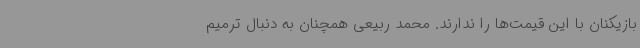
بازیکنان با این قیمت‌ها را ندارند. محمد ربیعی همچنان به دنبال ترمیم